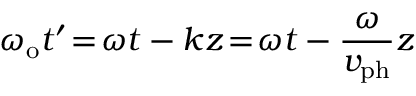
\omega _ { \mathrm { o } } t ^ { \prime } \! = \! \omega t - k z \! = \! \omega t - \frac { \omega } { v _ { \mathrm { p h } } } z